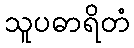
သူပဓာရိတံ